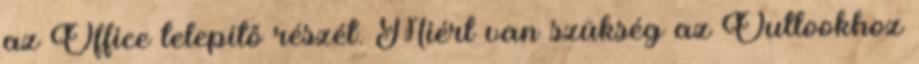
az Office telepítő részét. Miért van szükség az Outlookhoz